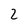
Character: 2